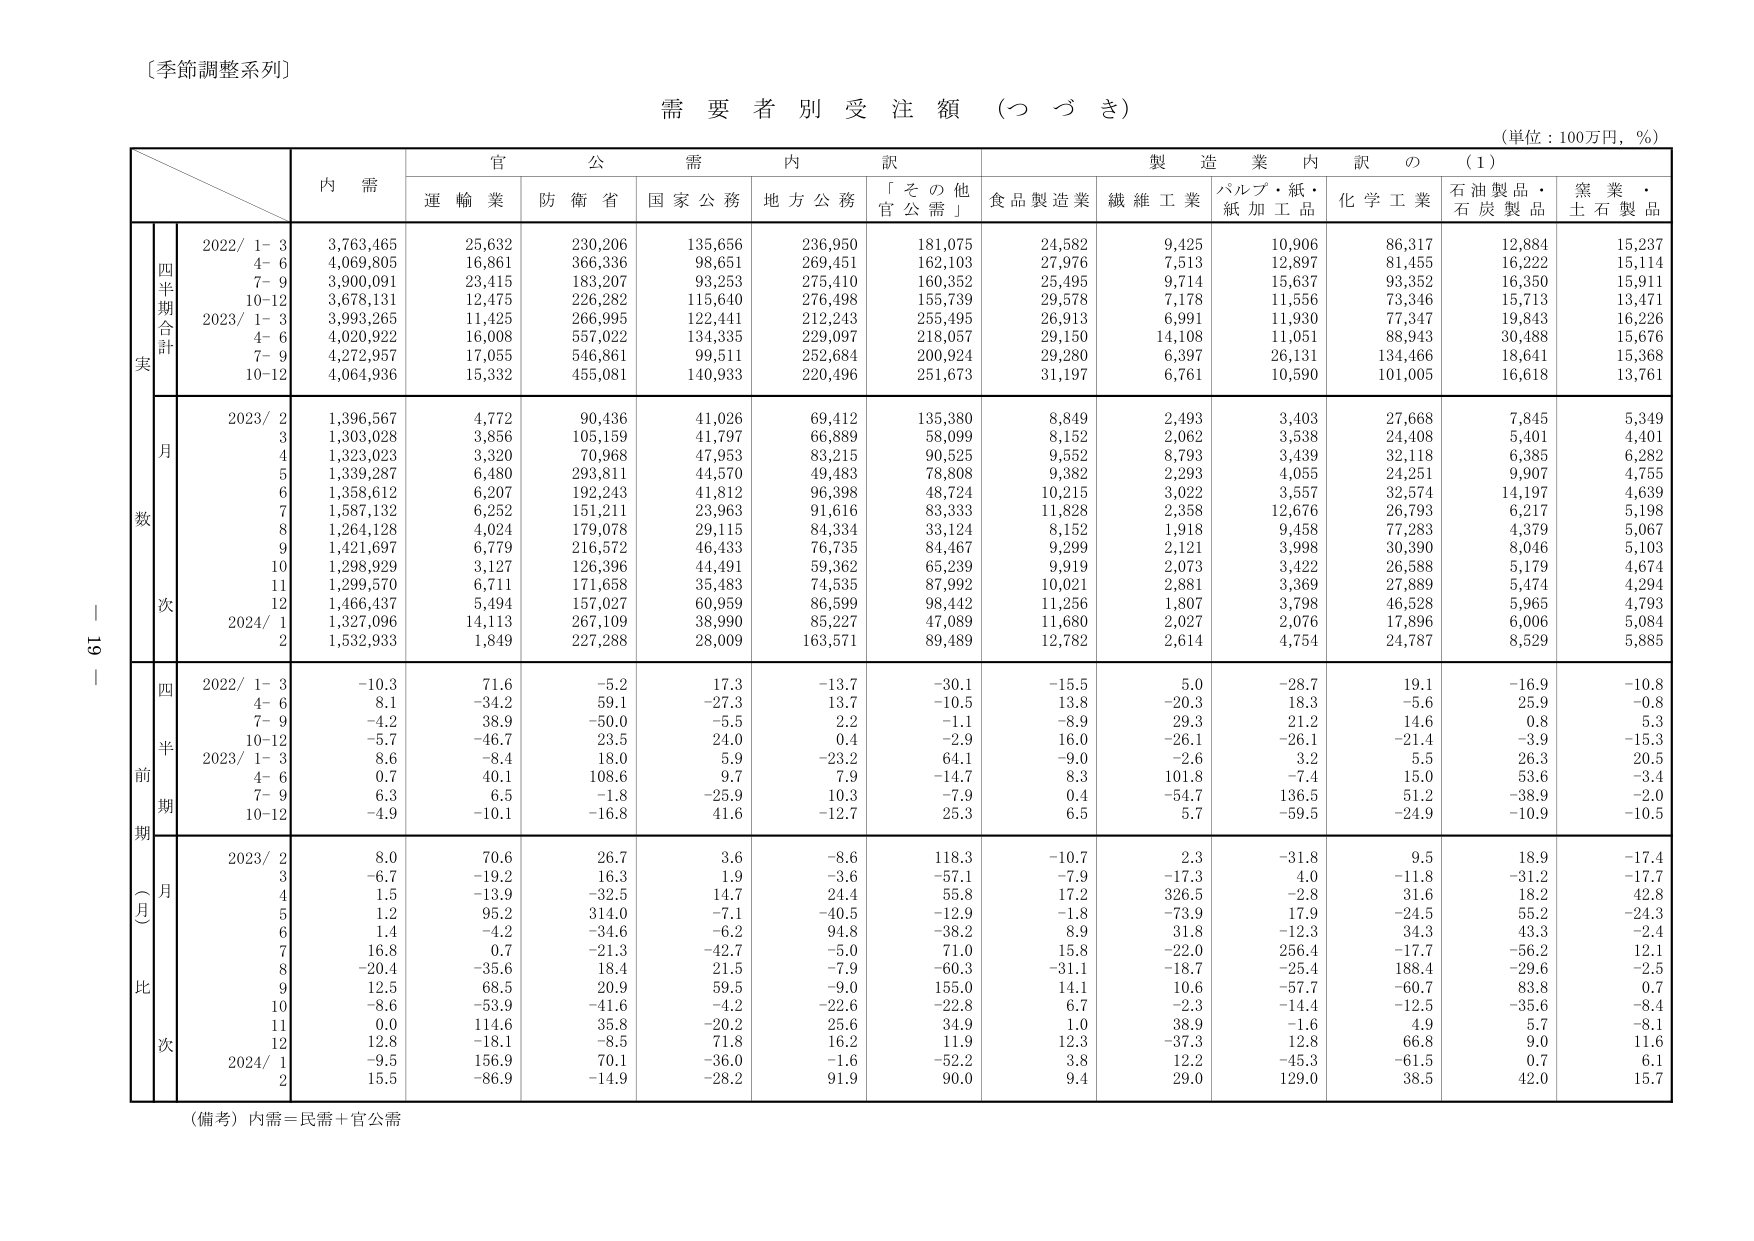
〔季節調整系列〕

需要者別受注額（つづき）

（単位：100万円，％）

内需
官公需内訳
製造業内訳の（1）

運輸業
防衛省
国家公務
地方公務
「その他官公需」
食品製造業
繊維工業
パルプ・紙・紙加工品
化学工業
石油製品・石炭製品
窯業・土石製品

四半期合計
実
2022/ 1-3
3,763,465
25,632
230,206
135,656
236,950
181,075
24,582
9,425
10,906
86,317
12,884
15,237
4-6
4,069,805
16,861
366,336
98,651
269,451
162,103
27,976
7,513
12,897
81,455
16,222
15,114
7-9
3,900,091
23,415
183,207
93,253
275,410
160,352
25,495
9,714
15,637
93,352
16,350
15,911
10-12
3,678,131
12,475
226,282
115,640
276,498
155,739
29,578
7,178
11,556
73,346
15,713
13,471
2023/ 1-3
3,993,265
11,425
266,995
122,441
212,243
255,495
26,913
6,991
11,930
77,347
19,843
16,226
4-6
4,020,922
16,008
557,022
134,335
229,097
218,057
29,150
14,108
11,051
88,943
30,488
15,676
7-9
4,272,957
17,055
546,861
99,511
252,684
200,924
29,280
6,397
26,131
134,466
18,641
15,368
10-12
4,064,936
15,332
455,081
140,933
220,496
251,673
31,197
6,761
10,590
101,005
16,618
13,761

月数
2023/ 2
1,396,567
4,772
90,436
41,026
69,412
135,380
8,849
2,493
3,403
27,668
7,845
5,349
3
1,303,028
3,856
105,159
41,797
66,889
58,099
8,152
2,062
3,538
24,408
5,401
4,401
4
1,323,023
3,320
70,968
47,953
83,215
90,525
9,552
8,793
3,439
32,118
6,385
6,282
5
1,339,287
6,480
293,811
44,570
49,483
78,808
9,382
2,293
4,055
24,251
9,907
4,755
6
1,358,612
6,207
192,243
41,812
96,398
48,724
10,215
3,022
3,557
32,574
14,197
4,639
7
1,587,132
6,252
151,211
23,963
91,616
83,333
11,828
2,358
12,676
26,793
6,217
5,198
8
1,264,128
4,024
179,078
29,115
84,334
33,124
8,152
1,918
9,458
77,283
4,379
5,067
9
1,421,697
6,779
216,572
46,433
76,735
84,467
9,299
2,121
3,998
30,390
8,046
5,103
10
1,298,929
3,127
126,396
44,491
59,362
65,239
9,919
2,073
3,422
26,588
5,179
4,674
11
1,299,570
6,711
171,658
35,483
74,535
87,992
10,021
2,881
3,369
27,889
5,474
4,294
12
1,466,437
5,494
157,027
60,959
86,599
98,442
11,256
1,807
3,798
46,528
5,965
4,793
2024/ 1
1,327,096
14,113
267,109
38,990
85,227
47,089
11,680
2,027
2,076
17,896
6,006
5,084
2
1,532,933
1,849
227,288
28,009
163,571
89,489
12,782
2,614
4,754
24,787
8,529
5,885

四半期前期（一月比）
2022/ 1-3
-10.3
71.6
-5.2
17.3
-13.7
-30.1
-15.5
5.0
-28.7
19.1
-16.9
-10.8
4-6
8.1
-34.2
59.1
-27.3
13.7
-10.5
13.8
-20.3
18.3
-5.6
25.9
-0.8
7-9
-4.2
38.9
-50.0
-5.5
2.2
-1.1
-8.9
29.3
21.2
14.6
0.8
5.3
10-12
-5.7
-46.7
23.5
24.0
0.4
-2.9
16.0
-26.1
-26.1
-21.4
-3.9
-15.3
2023/ 1-3
8.6
-8.4
18.0
5.9
-23.2
64.1
-9.0
-2.6
3.2
5.5
26.3
20.5
4-6
0.7
40.1
108.6
9.7
7.9
-14.7
8.3
101.8
-7.4
15.0
53.6
-3.4
7-9
6.3
6.5
-1.8
-25.9
10.3
-7.9
0.4
-54.7
136.5
51.2
-38.9
-2.0
10-12
-4.9
-10.1
-16.8
41.6
-12.7
25.3
6.5
5.7
-59.5
-24.9
-10.9
-10.5

月次
2023/ 2
8.0
70.6
26.7
3.6
-8.6
118.3
-10.7
2.3
-31.8
9.5
18.9
-17.4
3
-6.7
-19.2
16.3
1.9
-3.6
-57.1
-7.9
-17.3
4.0
-11.8
-31.2
-17.7
4
1.5
-13.9
-32.5
14.7
24.4
55.8
17.2
326.5
-2.8
31.6
18.2
42.8
5
1.2
95.2
314.0
-7.1
-40.5
-12.9
-1.8
-73.9
17.9
-24.5
55.2
-24.3
6
1.4
-4.2
-34.6
-6.2
94.8
-38.2
8.9
31.8
-12.3
34.3
43.3
-2.4
7
16.8
0.7
-21.3
-42.7
-5.0
71.0
15.8
-22.0
256.4
-17.7
-56.2
12.1
8
-20.4
-35.6
18.4
21.5
-7.9
-60.3
-31.1
-18.7
-25.4
188.4
-29.6
-2.5
9
12.5
68.5
20.9
59.5
-9.0
155.0
14.1
10.6
-57.7
-60.7
83.8
0.7
10
-8.6
-53.9
-41.6
-4.2
-22.6
-22.8
6.7
-2.3
-14.4
-12.5
-35.6
-8.4
11
0.0
114.6
35.8
-20.2
25.6
34.9
1.0
38.9
-1.6
4.9
5.7
-8.1
12
12.8
-18.1
-8.5
71.8
16.2
11.9
12.3
-37.3
12.8
66.8
9.0
11.6
2024/ 1
-9.5
156.9
70.1
-36.0
-1.6
-52.2
3.8
12.2
-45.3
-61.5
0.7
6.1
2
15.5
-86.9
-14.9
-28.2
91.9
90.0
9.4
29.0
129.0
38.5
42.0
15.7

（備考）内需＝民需＋官公需